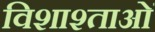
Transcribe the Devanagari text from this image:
विशाश्ताओं